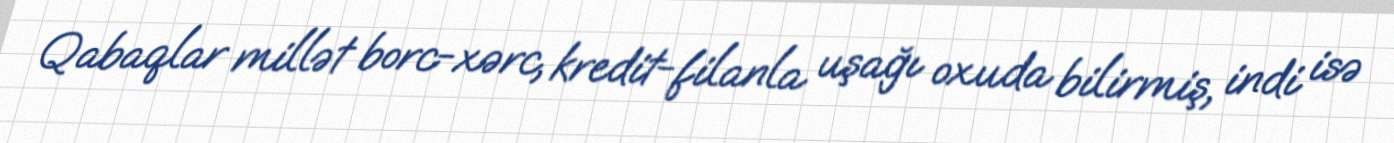
Qabaqlar millət borc-xərc, kredit-filanla uşağı oxuda bilirmiş, indi isə